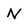
Character: N